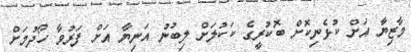
މާޒިޔާ އަށް ކުޅެނިކޮށް ބޮކުރީގެ ކަކުލަށް ލިބުނު އަނިޔާ އަށް ފަރުވާ ހޯދުމަށް